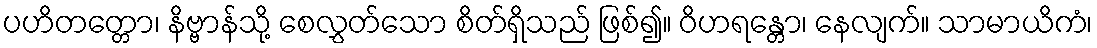
ပဟိတတ္တော၊ နိဗ္ဗာန်သို့ စေလွှတ်သော စိတ်ရှိသည် ဖြစ်၍။ ဝိဟရန္တော၊ နေလျက်။ သာမာယိကံ၊